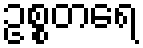
ဥစ္စတရေ